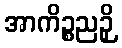
အာကိဉ္စညဉှိ